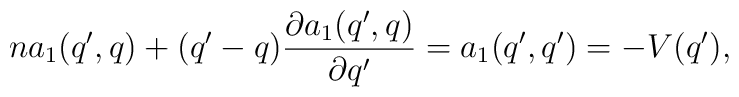
na_1(q',q) + (q'-q) \frac{\partial a_1(q',q)}{\partial q'} =                                       a_1(q',q')= -V(q'),